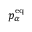
p _ { \alpha } ^ { \mathrm { e q } }